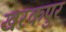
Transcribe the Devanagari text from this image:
खरकपुर